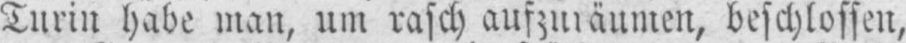
Turin habe man, um rasch aufzuräumen, beschlossen,